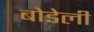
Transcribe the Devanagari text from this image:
बोडेली